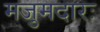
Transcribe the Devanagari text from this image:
मजुमदारः